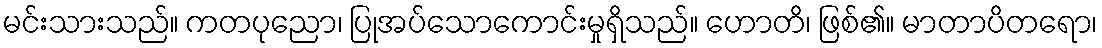
မင်းသားသည်။ ကတပုညော၊ ပြုအပ်သောကောင်းမှုရှိသည်။ ဟောတိ၊ ဖြစ်၏။ မာတာပိတရော၊